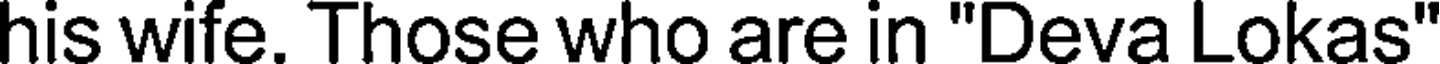
his wife. Those who are in "Deva Lokas"